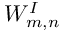
W _ { m , n } ^ { I }